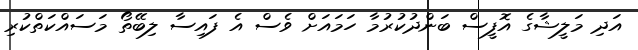
އަދި މަލީޝާގެ އޮފީސް ބަންދުކުރުމާ ހަމައަށް ވެސް އެ ފައިސާ ލިބޭތޯ މަސައްކަތްކުރި